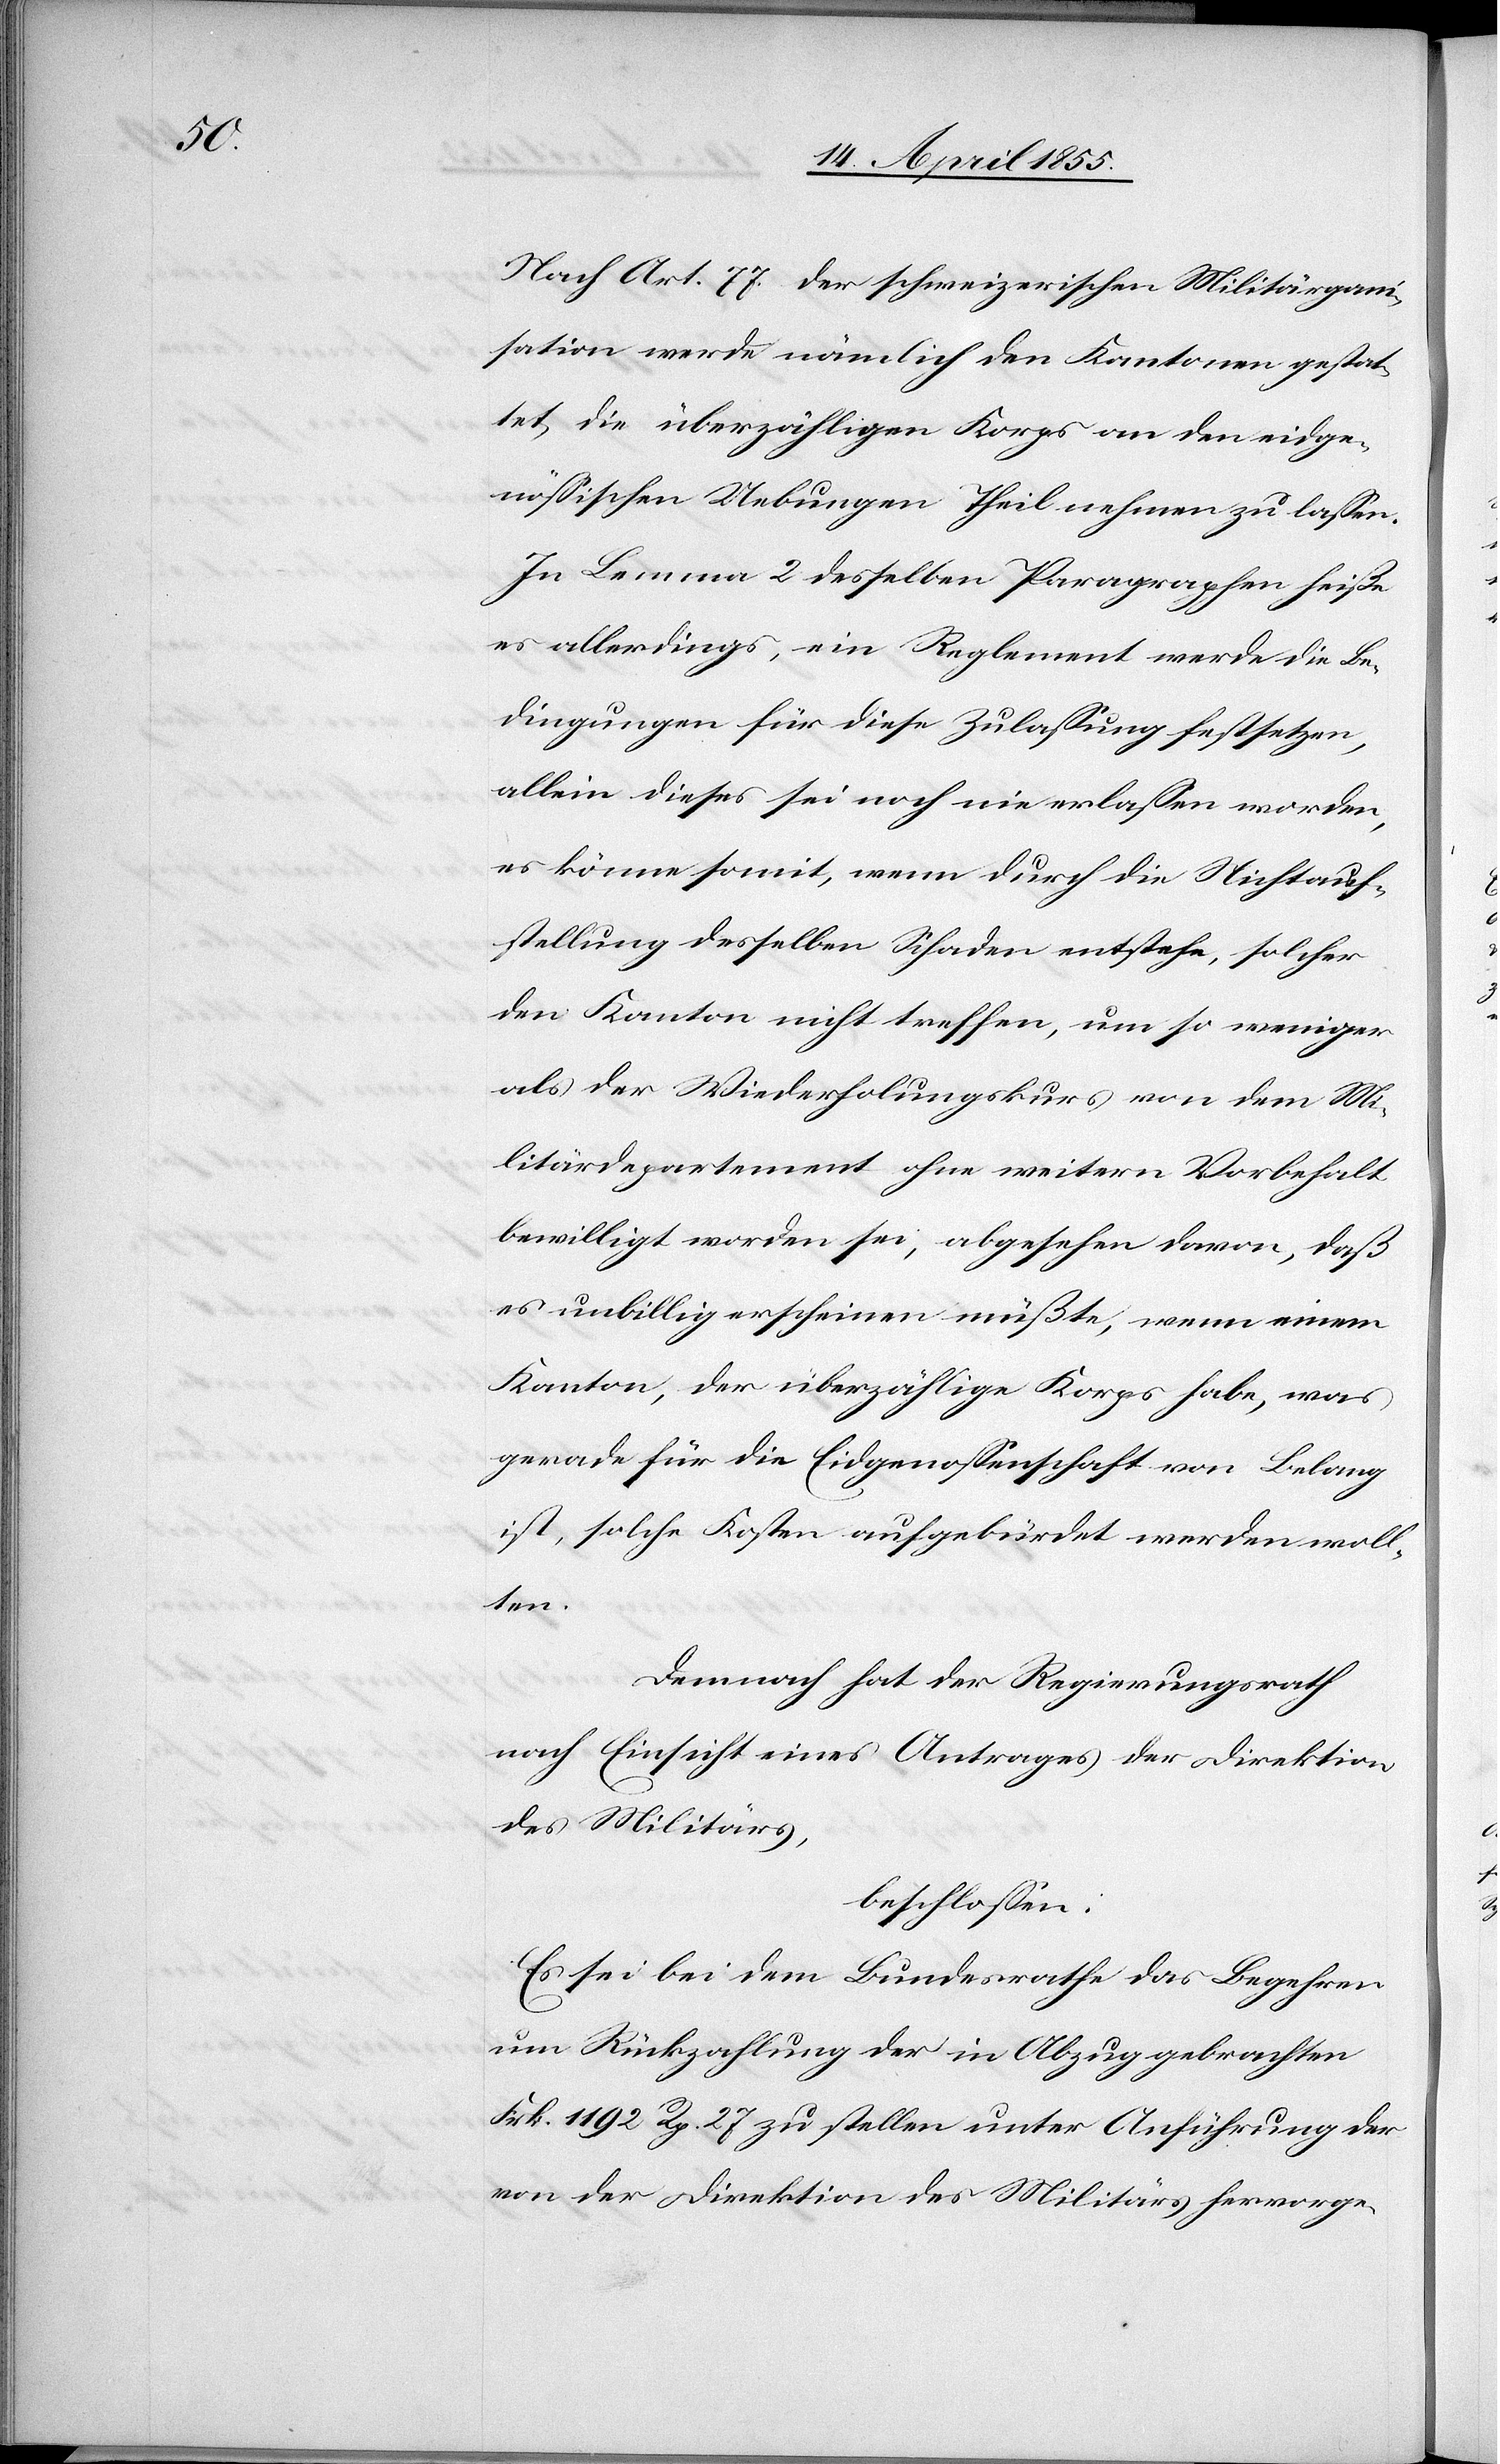
Nach Art. 77. der schweizerischen Militär[or]gani¬
sation werde nämlich den Kantonen gestat¬
tet, die überzähligen Korps an den eidge¬
nössischen Uebungen Theil nehmen zu lassen.
In Lemma 2 desselben Paragraphen heiße
es allerdings, ein Reglement werde die Be¬
dingungen für diese Zulassung festsetzen,
allein dieses sei noch nie erlassen worden,
es könne somit, wenn durch die Nichtauf¬
stellung desselben Schaden entstehe, solcher
den Kanton nicht treffen, um so weniger
als der Wiederholungskurs von dem Mi¬
litärdepartement ohne weitern Vorbehalt
bewilligt worden sei, abgesehen davon, daß
es unbillig erscheinen müßte, wenn einem
Kanton, der überzählige Korps habe, was
gerade für die Eidgenossenschaft von Belang
ist, solche Kosten aufgebürdet werden woll¬
ten.
Demnach hat der Regierungsrath
nach Einsicht eines Antrages der Direktion
des Militärs,
beschlossen:
Es sei bei dem Bundesrathe das Begehren
um Rückzahlung der in Abzug gebrachten
Frk. 1192 Rp. 27 zu stellen unter Anführung der
von der Direktion des Militärs hervorge-